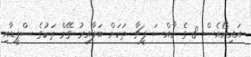
އައިއޯއެސް 8 ގެ ހާއްސަ ފީޗާ ތަކަށް ބަލާއިރު ގޭމް ތަކުގެ ސްޕީޑާއި